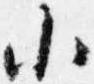
小